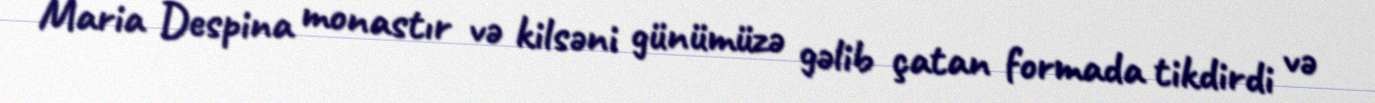
Maria Despina monastır və kilsəni günümüzə gəlib çatan formada tikdirdi və